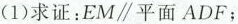
(1)求证：EM\parallel 平面ADF；